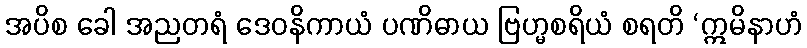
အပိစ ခေါ အညတရံ ဒေဝနိကာယံ ပဏိဓာယ ဗြဟ္မစရိယံ စရတိ ‘ဣမိနာဟံ